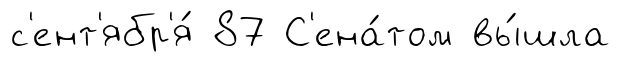
с'ент'ябр'я́ 87 С'ена́том вы́шла